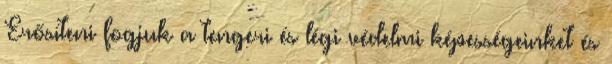
Erősíteni fogjuk a tengeri és légi védelmi képességeinket és